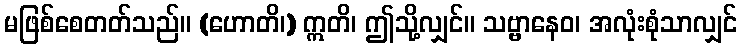
မဖြစ်စေတတ်သည်။ (ဟောတိ၊) ဣတိ၊ ဤသို့လျှင်။ သဗ္ဗာနေဝ၊ အလုံးစုံသာလျှင်